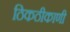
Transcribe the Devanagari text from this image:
ठिकठीकाणी